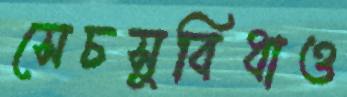
সেচসুবিধাও